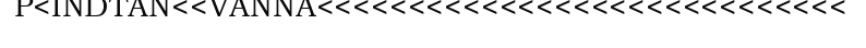
P<INDTAN<<VANNA<<<<<<<<<<<<<<<<<<<<<<<<<<<<<